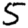
Digit: 5